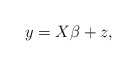
\begin{align*}y = X\beta + z,\end{align*}